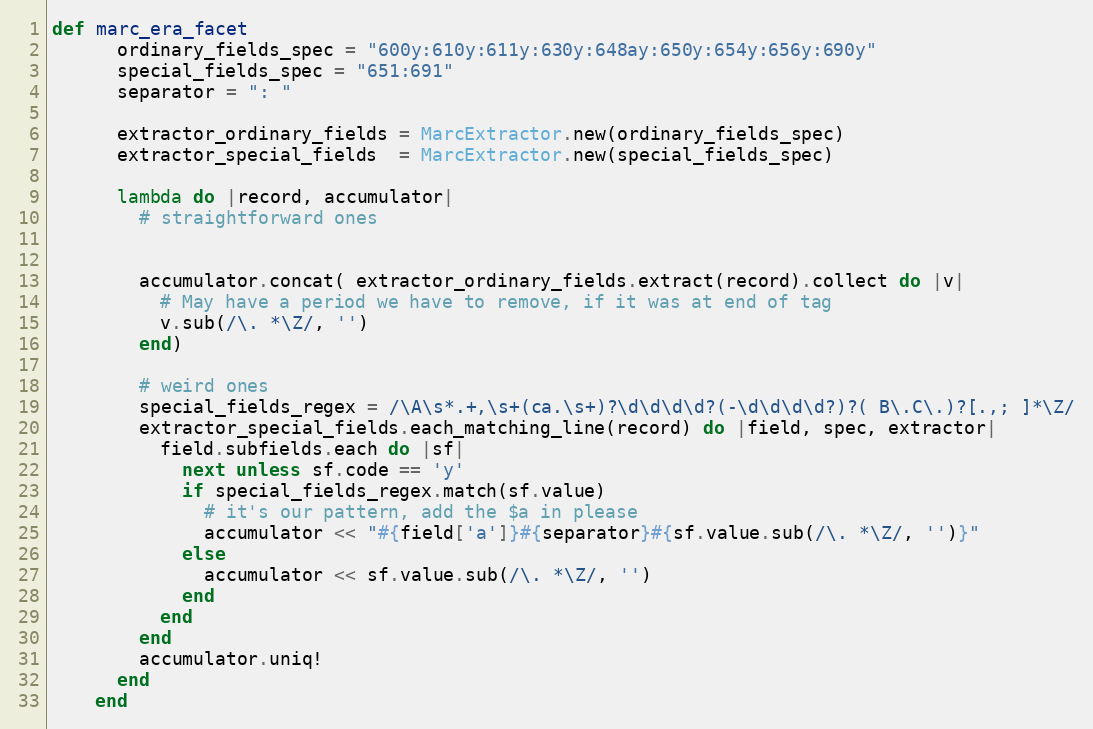
Language: Ruby
def marc_era_facet
      ordinary_fields_spec = "600y:610y:611y:630y:648ay:650y:654y:656y:690y"
      special_fields_spec = "651:691"
      separator = ": "

      extractor_ordinary_fields = MarcExtractor.new(ordinary_fields_spec)
      extractor_special_fields  = MarcExtractor.new(special_fields_spec)

      lambda do |record, accumulator|
        # straightforward ones

        accumulator.concat( extractor_ordinary_fields.extract(record).collect do |v|
          # May have a period we have to remove, if it was at end of tag
          v.sub(/\. *\Z/, '')
        end)

        # weird ones
        special_fields_regex = /\A\s*.+,\s+(ca.\s+)?\d\d\d\d?(-\d\d\d\d?)?( B\.C\.)?[.,; ]*\Z/
        extractor_special_fields.each_matching_line(record) do |field, spec, extractor|
          field.subfields.each do |sf|
            next unless sf.code == 'y'
            if special_fields_regex.match(sf.value)
              # it's our pattern, add the $a in please
              accumulator << "#{field['a']}#{separator}#{sf.value.sub(/\. *\Z/, '')}"
            else
              accumulator << sf.value.sub(/\. *\Z/, '')
            end
          end
        end
        accumulator.uniq!
      end
    end